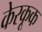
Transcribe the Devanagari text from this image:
केरकूक